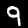
Digit: 9